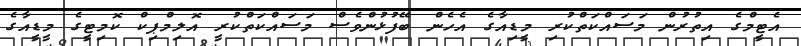
އެޓީމްގެ އިތުރުން މަސައްކަތްކުރި މީޑިއާގެ އެހެން ބޭފުޅުންވެސް މަސައްކަތްކުރީ އޮލިމްޕިކް ކޮމިޓީގެ މީޑީއާގެ